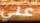
علي